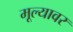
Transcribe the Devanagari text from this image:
मूल्यावर